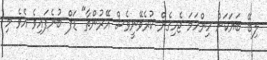
ލިބޭ ބަޔަކަށް ހިންހަމަ ޖެހިގެން ކުރެވޭނީވެސް އޭރުންތާ" ޑަފް ބުނެފައިވެ އެވެ މި